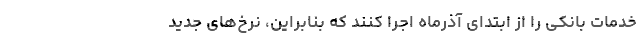
خدمات بانکی را از ابتدای آذرماه اجرا کنند که بنابراین، نرخ‌های جدید